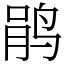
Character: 鹃